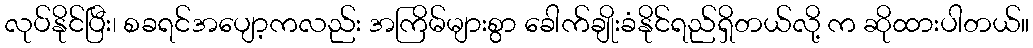
လုပ်နိုင်ပြီး၊ စခရင်အပျော့ကလည်း အကြိမ်များစွာ ခေါက်ချိုးခံနိုင်ရည်ရှိတယ်လို့ က ဆိုထားပါတယ်။